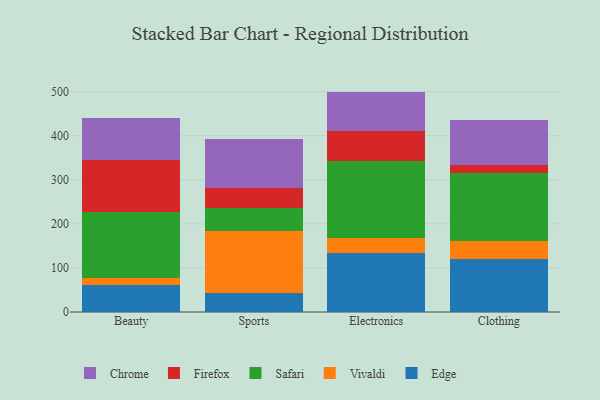
{"axis": {"x": "Category", "y": "Backlog"}, "legend": ["Chrome", "Edge", "Firefox", "Safari", "Vivaldi"], "data": [{"x": "Beauty", "y": 61.0, "type": "Edge"}, {"x": "Beauty", "y": 15.8, "type": "Vivaldi"}, {"x": "Beauty", "y": 151.2, "type": "Safari"}, {"x": "Beauty", "y": 116.9, "type": "Firefox"}, {"x": "Beauty", "y": 94.3, "type": "Chrome"}, {"x": "Sports", "y": 43.1, "type": "Edge"}, {"x": "Sports", "y": 141.6, "type": "Vivaldi"}, {"x": "Sports", "y": 51.3, "type": "Safari"}, {"x": "Sports", "y": 44.6, "type": "Firefox"}, {"x": "Sports", "y": 111.2, "type": "Chrome"}, {"x": "Electronics", "y": 134.1, "type": "Edge"}, {"x": "Electronics", "y": 34.7, "type": "Vivaldi"}, {"x": "Electronics", "y": 174.5, "type": "Safari"}, {"x": "Electronics", "y": 68.2, "type": "Firefox"}, {"x": "Electronics", "y": 88.5, "type": "Chrome"}, {"x": "Clothing", "y": 120.2, "type": "Edge"}, {"x": "Clothing", "y": 40.0, "type": "Vivaldi"}, {"x": "Clothing", "y": 154.3, "type": "Safari"}, {"x": "Clothing", "y": 18.2, "type": "Firefox"}, {"x": "Clothing", "y": 103.1, "type": "Chrome"}]}